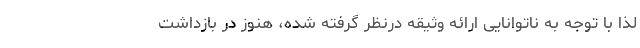
لذا با توجه به ناتوانایی ارائه وثیقه درنظر گرفته شده، هنوز در بازداشت